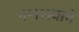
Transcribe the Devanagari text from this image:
गणरायाचे